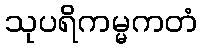
သုပရိကမ္မကတံ